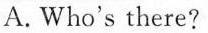
A.Who's there?